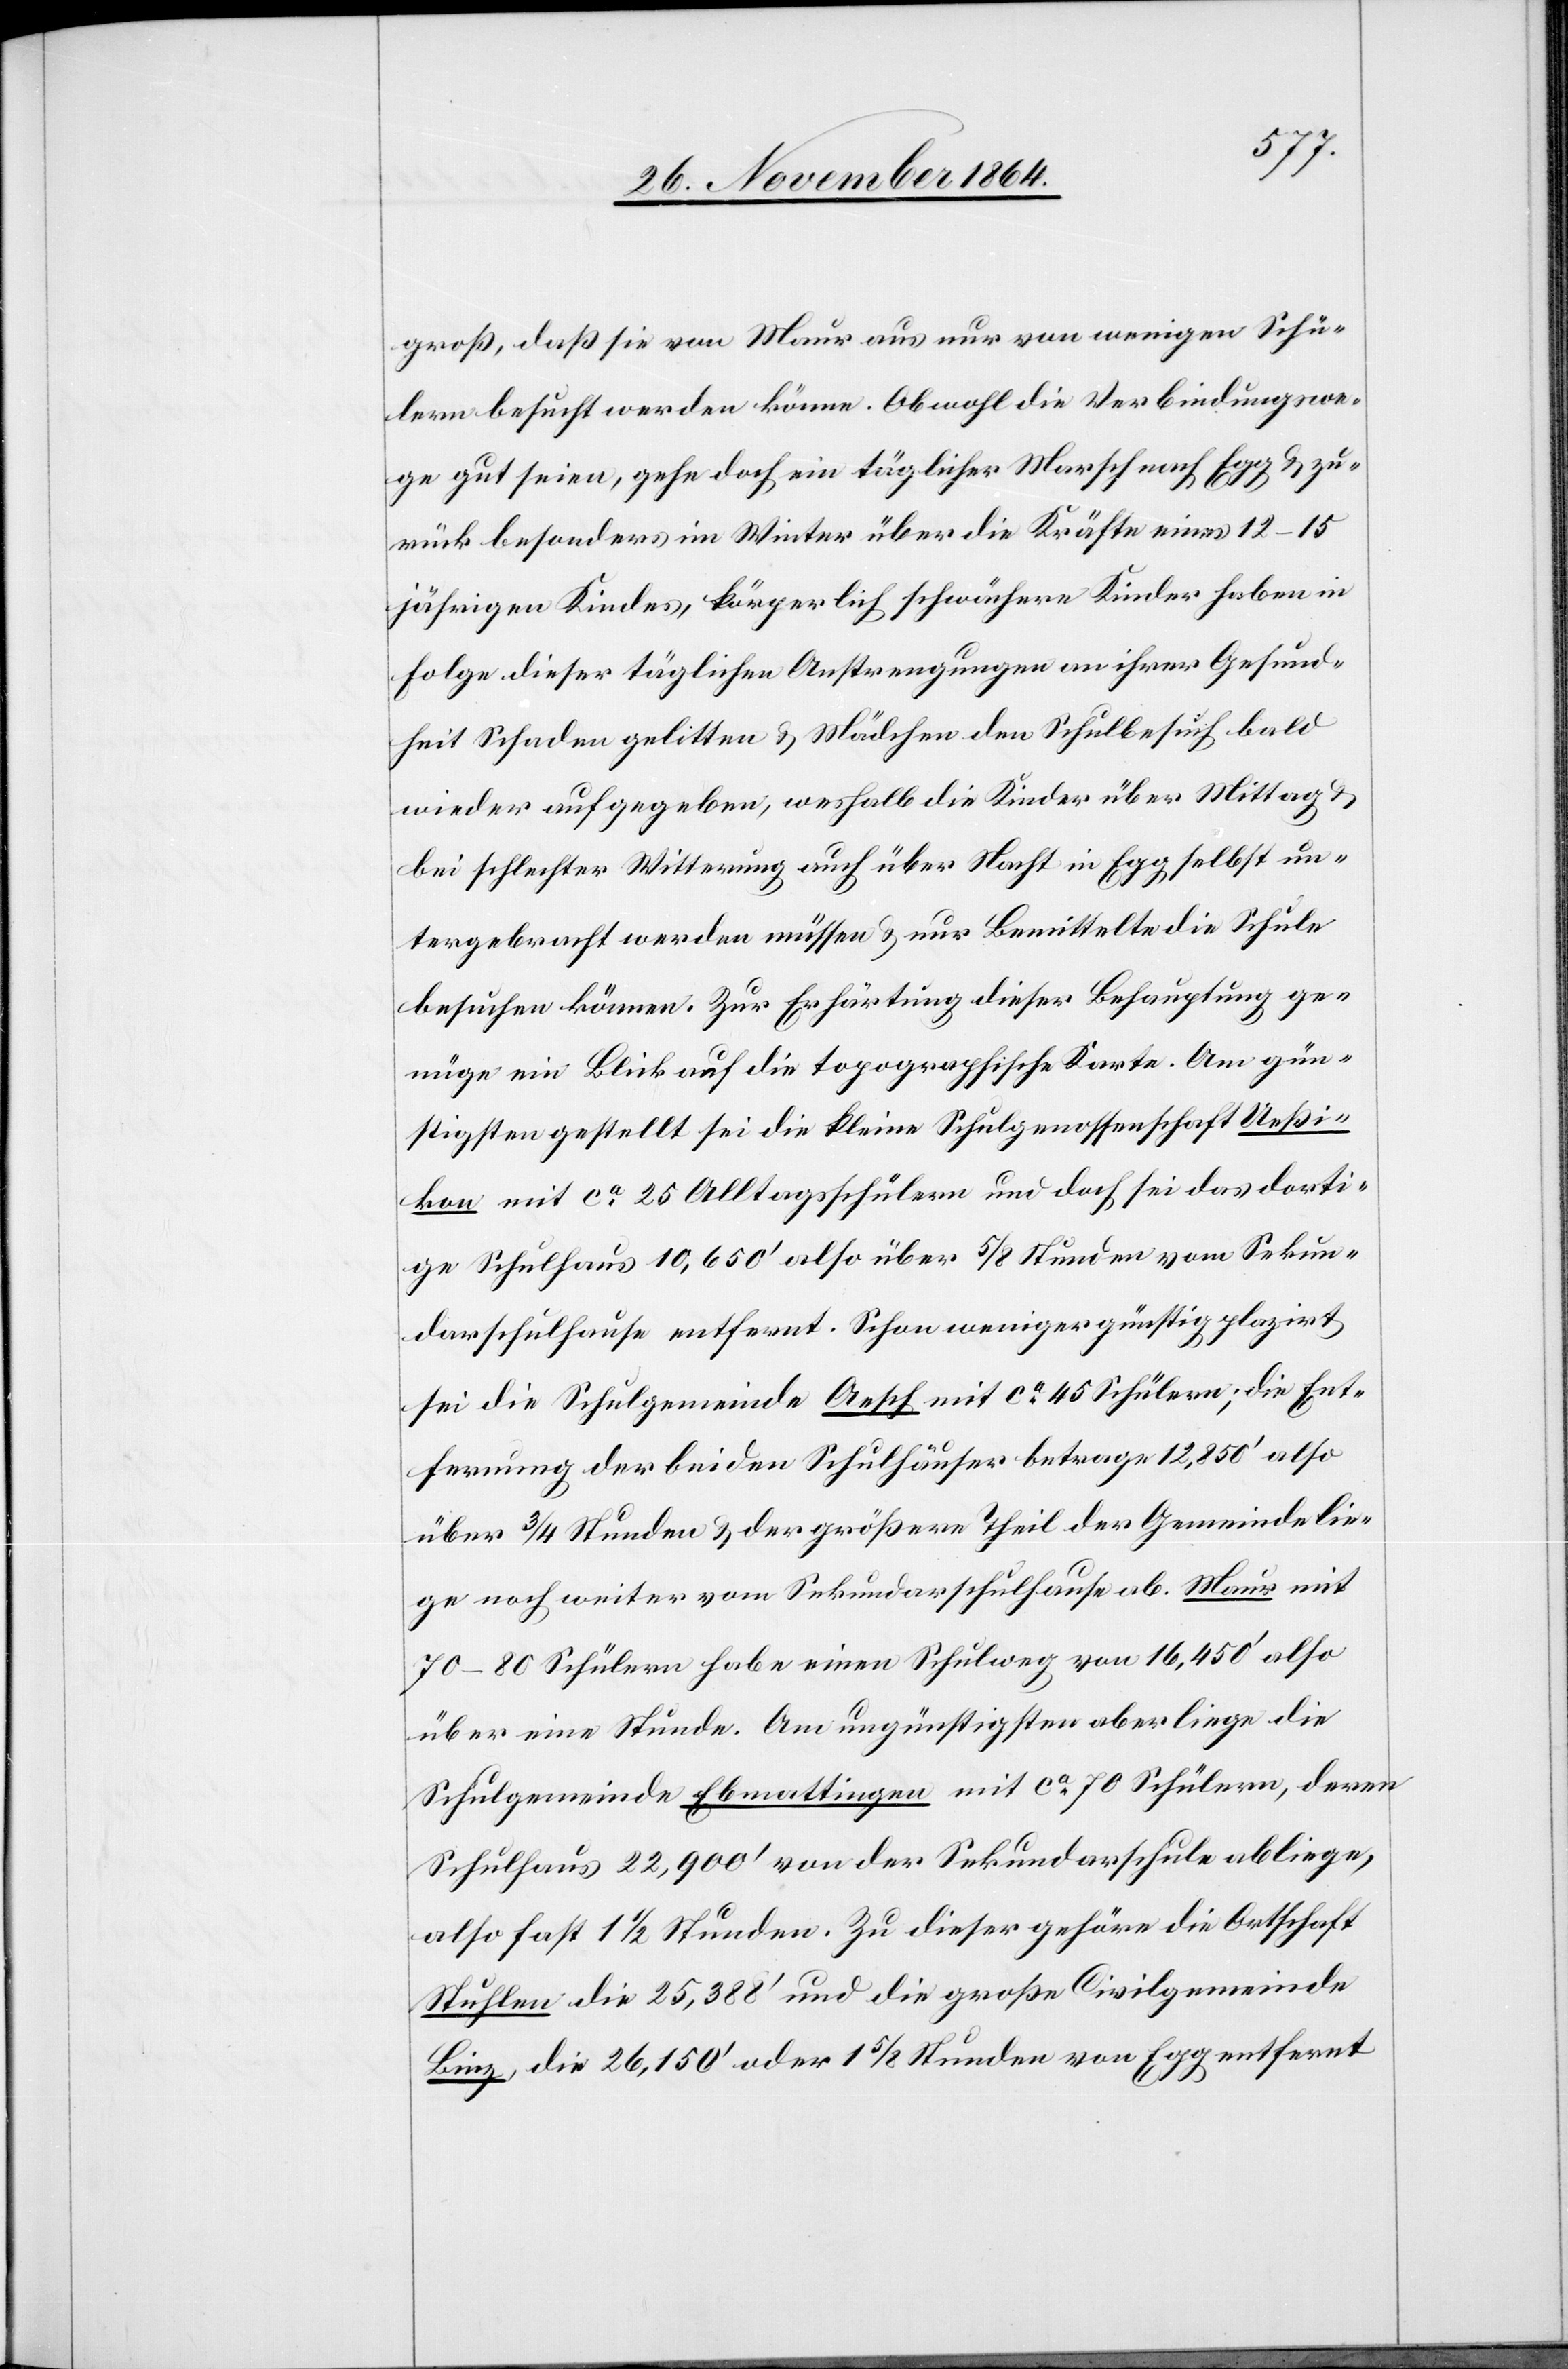
groß, daß sie von Maur aus nur von wenigen Schü¬
lern besucht werden könne. Obwohl die Verbindungswe¬
ge gut seien, geht doch ein täglicher Marsch nach Egg & zu¬
rück besonders im Winter über die Kräfte eines 12 15j¬
ährigen Kindes, körperlich schwächere Kinder haben in
Folge dieser täglichen Anstrengungen an ihrer Gesund¬
heit Schaden gelitten & Mädchen den Schulbesuch bald
wieder aufgegeben, weshalb die Kinder über Mittag
bei schlechter Witterung auch über Nacht in Egg selbst un¬
tergebracht werden müssen & nur Bemittelte die Schulde
besuchen können. Zur Erhärtung dieser Behauptung ge¬
nüge ein Blick auf die topographische Karte. Am gün¬
stigsten gestellt sei die kleine Schulgenossenschaft Ueßi¬
kon mit ca 25 Alltagsschülern und doch sei das dorti¬
ge Schulhaus 10,650’ also über 5/8 Stunden vom Sekun¬
darschulhause entfernt. Schon weniger günstig plazirt
sei die Schulgemeinde Aesch mit ca 45 Schülern; die Ent¬
fernung der beiden Schulhäuser betrage 12,850’ also
über 3/4 Stunden & der größere Theil der Gemeinde lie¬
ge noch weiter vom Sekundarschulhause ab. Maur mit
70–80 Schülern habe einen Schulweg von 16,450’ also
über eine Stunde. Am ungünstigsten aber liege die
Schulgemeinde Ebmattingen mit ca 70 Schülern, deren
Schulhaus 22,900’ von der Sekundarschule abliege,
also fast 11/2 Stunden. Zu dieser gehöre die Ortschaft
Stuhlen die 25,388’ und die große Civilgemeinde
Binz, die 26,150’ oder 15/8 Stunden von Egg entfernt